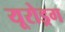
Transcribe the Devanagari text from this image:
यूरोड्रग